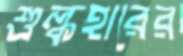
শুল্কহারের